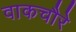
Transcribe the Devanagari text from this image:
वाकचौरे